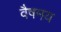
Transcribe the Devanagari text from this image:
वैषमय